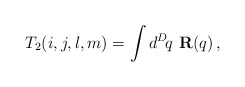
\begin{align*}T_2(i,j,l,m) = \int d^D\! q\,\, {\bf R}(q)\,,\end{align*}